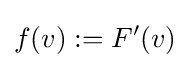
f(v):=F'(v)